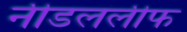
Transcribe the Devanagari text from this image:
नीडललीफ